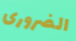
الضرورى